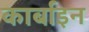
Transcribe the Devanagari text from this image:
कार्बाइन